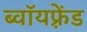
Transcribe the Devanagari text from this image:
ब्वॉयफ़्रेंड